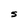
Character: S